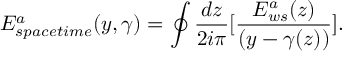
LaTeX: E _ { s p a c e t i m e } ^ { a } ( y , \gamma ) = \oint { \frac { d z } { 2 i \pi } } \lbrack { \frac { E _ { w s } ^ { a } ( z ) } { ( y - \gamma ( z ) ) } } \rbrack .